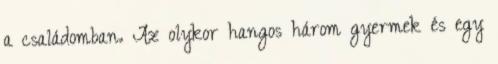
a családomban. Az olykor hangos három gyermek és egy